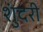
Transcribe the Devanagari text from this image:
शुंदरी